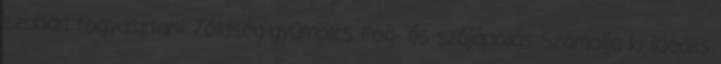
szabad fogyasztani Zöldség-gyümölcs Fog- és szájápolás Számolja ki ideális